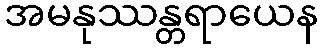
အမနုဿန္တရာယေန